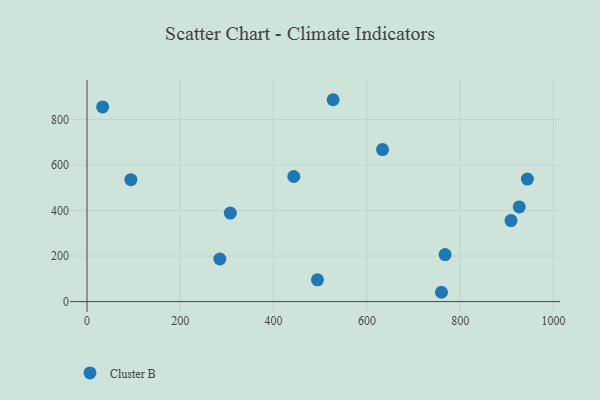
{"axis": {"x": "Distance", "y": "Yield"}, "legend": ["Cluster B"], "data": [{"x": "908.9", "y": 356.1, "type": "Cluster B"}, {"x": "767.6", "y": 206.6, "type": "Cluster B"}, {"x": "443.3", "y": 550.0, "type": "Cluster B"}, {"x": "527.6", "y": 887.4, "type": "Cluster B"}, {"x": "759.8", "y": 41.0, "type": "Cluster B"}, {"x": "926.6", "y": 416.3, "type": "Cluster B"}, {"x": "284.8", "y": 187.3, "type": "Cluster B"}, {"x": "494.0", "y": 95.7, "type": "Cluster B"}, {"x": "633.5", "y": 668.3, "type": "Cluster B"}, {"x": "307.2", "y": 389.0, "type": "Cluster B"}, {"x": "944.0", "y": 538.8, "type": "Cluster B"}, {"x": "94.0", "y": 535.9, "type": "Cluster B"}, {"x": "33.5", "y": 855.9, "type": "Cluster B"}]}